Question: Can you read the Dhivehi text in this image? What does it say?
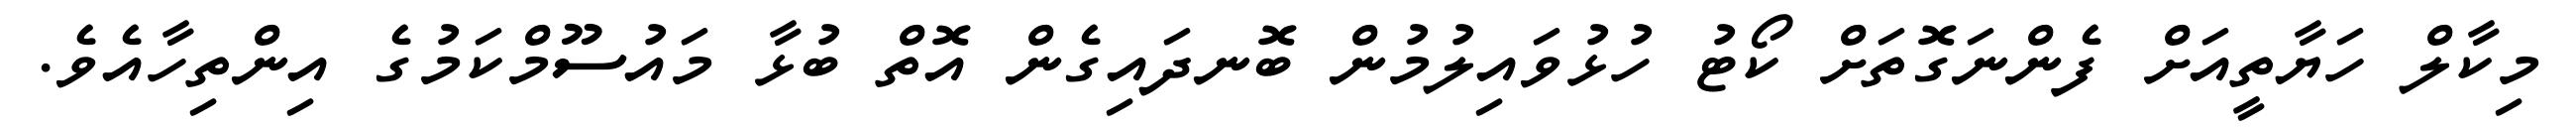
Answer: މިކާލް ހަޔާތީއަށް ފެންނަގޮތަށް ކޯޓު ހުޅުވައިލުމުން ބޮނދައިގެން އޮތް ބުޅާ މައުސޫމްކަމުގެ އިންތިހާއެވެ.